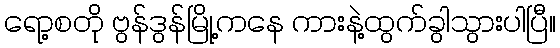
ရော့စတို ဗွန်ဒွန်မြို့ကနေ ကားနဲ့ထွက်ခွါသွားပါပြီ။